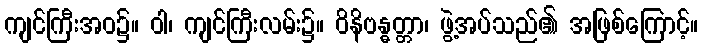
ကျင်ကြီးအဝ၌။ ဝါ၊ ကျင်ကြီးလမ်း၌။ ဝိနိဗန္ဓတ္တာ၊ ဖွဲ့အပ်သည်၏ အဖြစ်ကြောင့်။